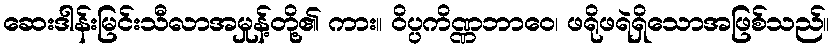
ဆေးဒါန်းမြင်းသီလာအမှုန့်တို့၏ ကား။ ဝိပ္ပကိဏ္ဏဘာဝေ၊ ဖရိုဖရဲရှိသောအဖြစ်သည်။